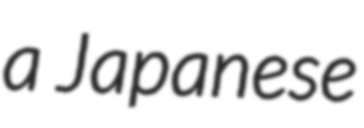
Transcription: a Japanese